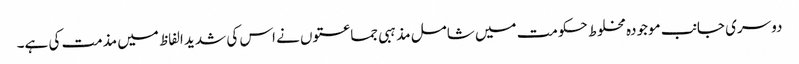
دوسری جانب موجودہ مخلوط حکومت میں شامل مذہبی جماعتوں نے اس کی شدید الفاظ میں مذمت کی ہے۔